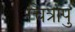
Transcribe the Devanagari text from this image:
चित्रापु